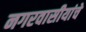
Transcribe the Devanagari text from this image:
नगरवासीयांचे